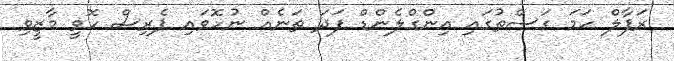
ރަފާލް ހަމަ ގަސްތުގައި އިންގްލެންޑް ފަދަ ތަނެއް ނުހޮވައި ޕެރިސް ހޮވީ މާޒީވި